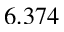
6 . 3 7 4